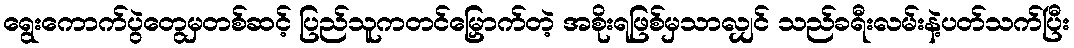
ရွေးကောက်ပွဲတွေမှတစ်ဆင့် ပြည်သူကတင်မြှောက်တဲ့ အစိုးရဖြစ်မှသာလျှင် သည်ခရီးလမ်းနဲ့ပတ်သက်ပြီး